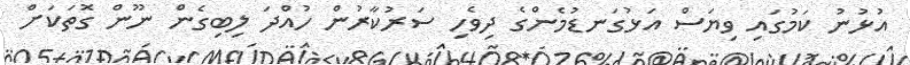
އުޅުނު ކަމުގައި ވިޔަސް އަޅުގަނޑުމެންގެ ދިވެހި ސަރުކާރުން ހުއްދަ ލިބިގެން ނޫން ގޮތަކަށް